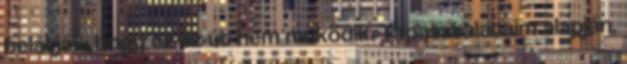
belátják, hogy ez az út nem működik. Tapasztalataim alapján,